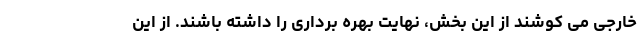
خارجی می کوشند از این بخش، نهایت بهره برداری را داشته باشند. از این